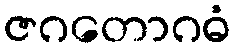
ဇဂတောဂဓံ